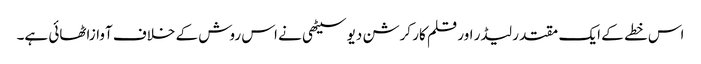
اس خطے کے ایک مقتدر لیڈر اور قلم کار کرشن دیو سیٹھی نے اس روش کے خلاف آوازاٹھائی ہے۔